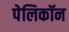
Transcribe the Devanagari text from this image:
पेलिकॉन